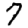
Digit: 7